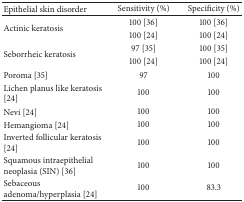
| Epithelial skin disorder | Sensitivity (%) | Specificity (%) |
 | --- | --- | --- |
 | <ROWSPAN=2> Actinic keratosis | 100 [36] | 100 [36] |
 | 100 [24] | 100 [24] |
 | <ROWSPAN=2> Seborrheic keratosis | 97 [35] | 100 [35] |
 | 100 [24] | 100 [24] |
 | Poroma [35] | 97 | 100 |
 | Lichen planus like keratosis [24] | 100 | 100 |
 | Nevi [24] | 100 | 100 |
 | Hemangioma [24] | 100 | 100 |
 | Inverted follicular keratosis [24] | 100 | 100 |
 | Squamous intraepithelial neoplasia (SIN) [36] | 100 | 100 |
 | Sebaceous adenoma/hyperplasia [24] | 100 | 83.3 |